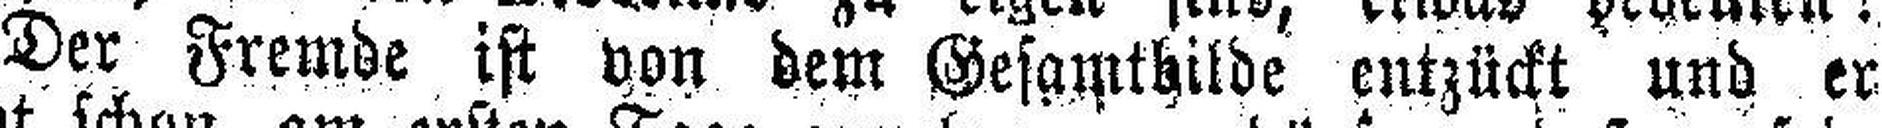
Der Fremde ist von dem Gesamtbilde entzückt und er